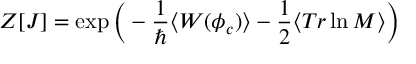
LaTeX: Z [ J ] = \exp \Big ( - \frac { 1 } { \hbar } \langle W ( \phi _ { c } ) \rangle - \frac { 1 } { 2 } \langle T r \ln { \cal M } \rangle \Big )